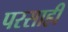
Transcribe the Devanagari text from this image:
परसाही